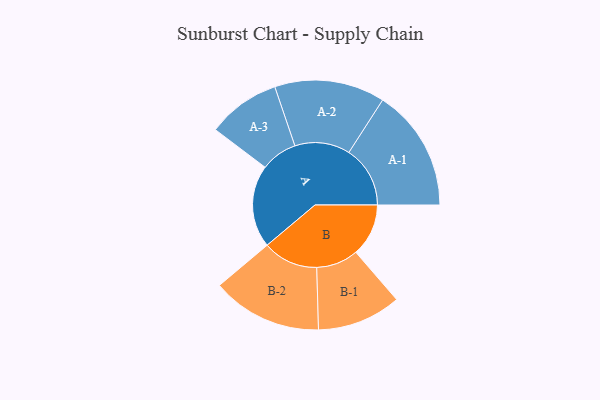
{"axis": {"x": "Segment", "y": "Value"}, "legend": ["", "A", "B"], "data": [{"x": "A", "y": 287, "type": ""}, {"x": "B", "y": 183, "type": ""}, {"x": "A-1", "y": 213, "type": "A"}, {"x": "A-2", "y": 192, "type": "A"}, {"x": "A-3", "y": 127, "type": "A"}, {"x": "B-1", "y": 146, "type": "B"}, {"x": "B-2", "y": 192, "type": "B"}]}